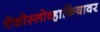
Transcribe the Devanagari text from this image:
चेकोस्लोव्हाकियावर